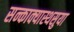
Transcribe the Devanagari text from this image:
सन्काक्यास्थसुया